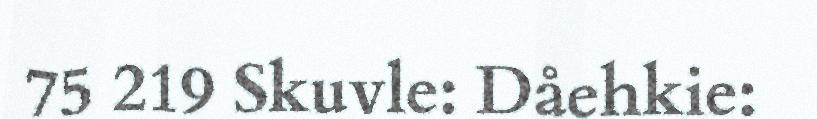
75 219 Skuvle: Dåehkie: